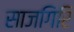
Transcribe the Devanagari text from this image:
साजगिरि